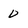
Character: 0